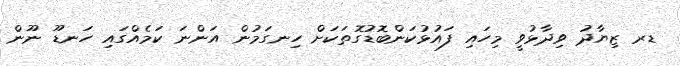
ޑރ ޒިޔާދު ވިދާޅުވީ މިހައި ފައުޅުކަންބޮޑުގޮތަކަށް ހިނގަމުން އަންނަ ކަމެއްގައި ހަނޑޫ ނޫން